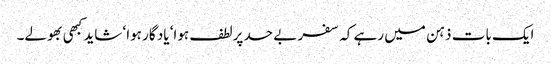
ایک بات ذہن میں رہے کہ سفر بے حد پرلطف ہوا‘ یاد گار ہوا‘ شاید کبھی بھولے۔